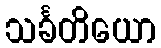
သင်္ခတိယော